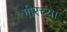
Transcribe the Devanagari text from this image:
गीरच्या